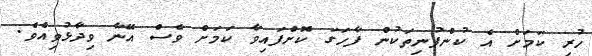
ހުރި ކަމަށް އެ ކުންފުނިތަކުން ފާހަގަ ކޮށްފައިވާ ކަމަށް ވެސް އޭނާ ވިދާޅުވިއެވެ.